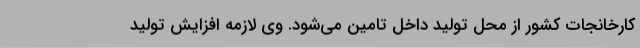
کارخانجات کشور از محل تولید داخل تامین می‌شود. وی لازمه افزایش تولید